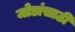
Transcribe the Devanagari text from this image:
जोडांसाठी